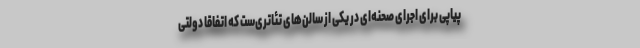
پیاپی برای اجرای صحنه‌ای در یکی از سالن‌های تئاتری‌ست که اتفاقاً دولتی